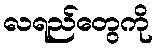
လရည်တွေကို